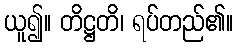
ယူ၍။ တိဋ္ဌတိ၊ ရပ်တည်၏။